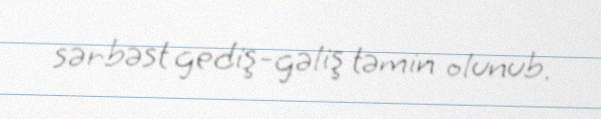
sərbəst gediş-gəliş təmin olunub.